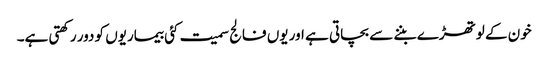
خون کے لوتھڑے بننے سے بچاتی ہے اور یوں فالج سمیت کئی بیماریوں کو دور رکھتی ہے۔